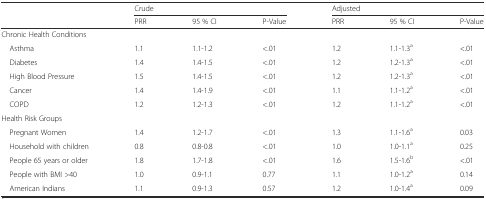
|  | <COLSPAN=3> Crude | <COLSPAN=3> Adjusted |
 |  | PRR | 95 % CI | P-Value | PRR | 95 % CI | P-Value |
 | --- | --- | --- | --- | --- | --- | --- |
 | <COLSPAN=7> Chronic Health Conditions |
 | Asthma | 1.1 | 1.1-1.2 | <.01 | 1.2 | 1.1-1.3a | <.01 |
 | Diabetes | 1.4 | 1.4-1.5 | <.01 | 1.2 | 1.2-1.3a | <.01 |
 | High Blood Pressure | 1.5 | 1.4-1.5 | <.01 | 1.2 | 1.2-1.3a | <.01 |
 | Cancer | 1.4 | 1.4-1.9 | <.01 | 1.1 | 1.1-1.2a | <.01 |
 | COPD | 1.2 | 1.2-1.3 | <.01 | 1.2 | 1.1-1.2a | <.01 |
 | <COLSPAN=7> Health Risk Groups |
 | Pregnant Women | 1.4 | 1.2-1.7 | <.01 | 1.3 | 1.1-1.6a | 0.03 |
 | Household with children | 0.8 | 0.8-0.8 | <.01 | 1.0 | 1.0-1.1a | 0.25 |
 | People 65 years or older | 1.8 | 1.7-1.8 | <.01 | 1.6 | 1.5-1.6b | <.01 |
 | People with BMI >40 | 1.0 | 0.9-1.1 | 0.77 | 1.1 | 1.0-1.2a | 0.14 |
 | American Indians | 1.1 | 0.9-1.3 | 0.57 | 1.2 | 1.0-1.4a | 0.09 |